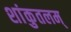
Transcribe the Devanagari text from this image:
शांकुतलम्